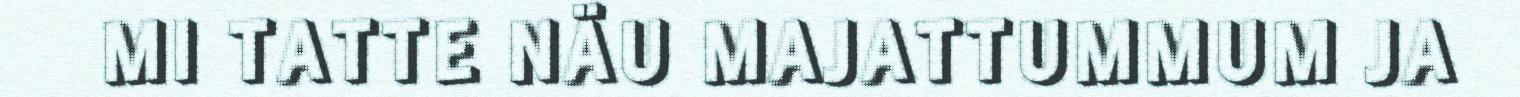
MI TATTE NÄU MAJATTUMMUM JA